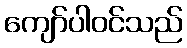
ကျော်ပါဝင်သည်